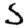
Digit: 5